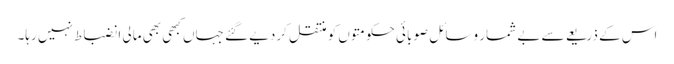
اس کے ذریعے سے بے شمار وسائل صوبائی حکومتوں کو منتقل کردیے گئے جہاں کبھی بھی مالی انضباط نہیں رہا۔